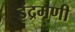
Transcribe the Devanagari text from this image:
इंद्रमणी